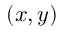
( x , y )